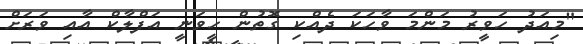
"މިއަދު ހަވީރު މަންމަ ވާހަކަ ދެއްކި ގޮތުން ހީވަނީ އަފްލާކް އާއި ވަރަށް